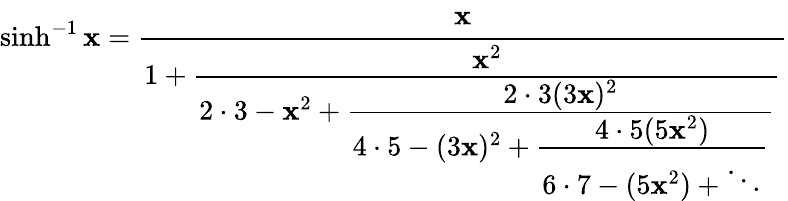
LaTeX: \sinh^{-1}\mathbf{x}={\cfrac{\mathbf{x}}{1+{\cfrac{\mathbf{x}^{2}}{2\cdot3-\mathbf{x}^{2}+{\cfrac{2\cdot3(3\mathbf{x})^{2}}{4\cdot5-(3\mathbf{x})^{2}+{\cfrac{4\cdot5(5\mathbf{x}^{2})}{6\cdot7-(5\mathbf{x}^{2})+\ddots}}}}}}}}